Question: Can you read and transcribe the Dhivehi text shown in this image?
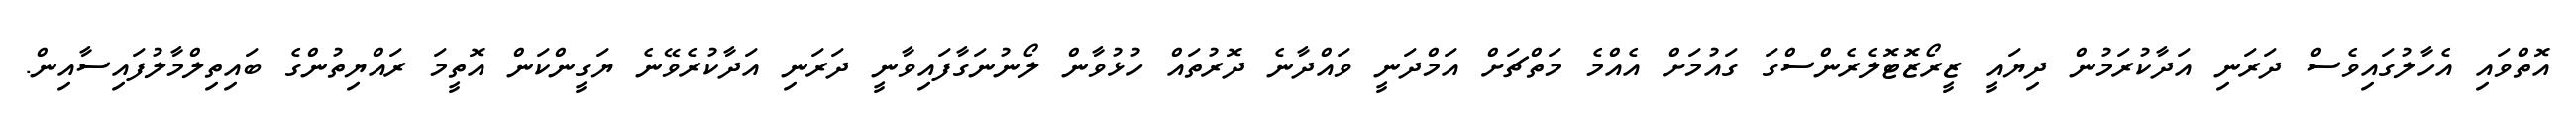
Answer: އޮތްވައި އެހާލުގައިވެސް ދަރަނި އަދާކުރަމުން ދިޔައީ ޒީރޯޒޮޓޮލެރެންސްގަ ގައުމަށް އެއްމެ މަތްޗަށް އަމްދަނީ ވައްދާނެ ދޮރުތައް ހުޅުވާން ލޯނުނަގާފައިވާނީ ދަރަނި އަދާކުރެވޭނެ ޔަގީންކަން އޮތީމަ ރައްޔިތުންގެ ބައިތިލްމާލުފައިސާއިން.